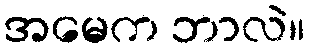
အမေက ဘာလဲ။